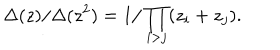
\Delta ( z ) / \Delta ( z ^ { 2 } ) = 1 / \prod _ { i > j } ( z _ { i } + z _ { j } ) .